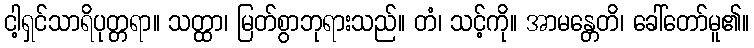
ငါ့ရှင်သာရိပုတ္တရာ။ သတ္ထာ၊ မြတ်စွာဘုရားသည်။ တံ၊ သင့်ကို။ အာမန္တေတိ၊ ခေါ်တော်မူ၏။